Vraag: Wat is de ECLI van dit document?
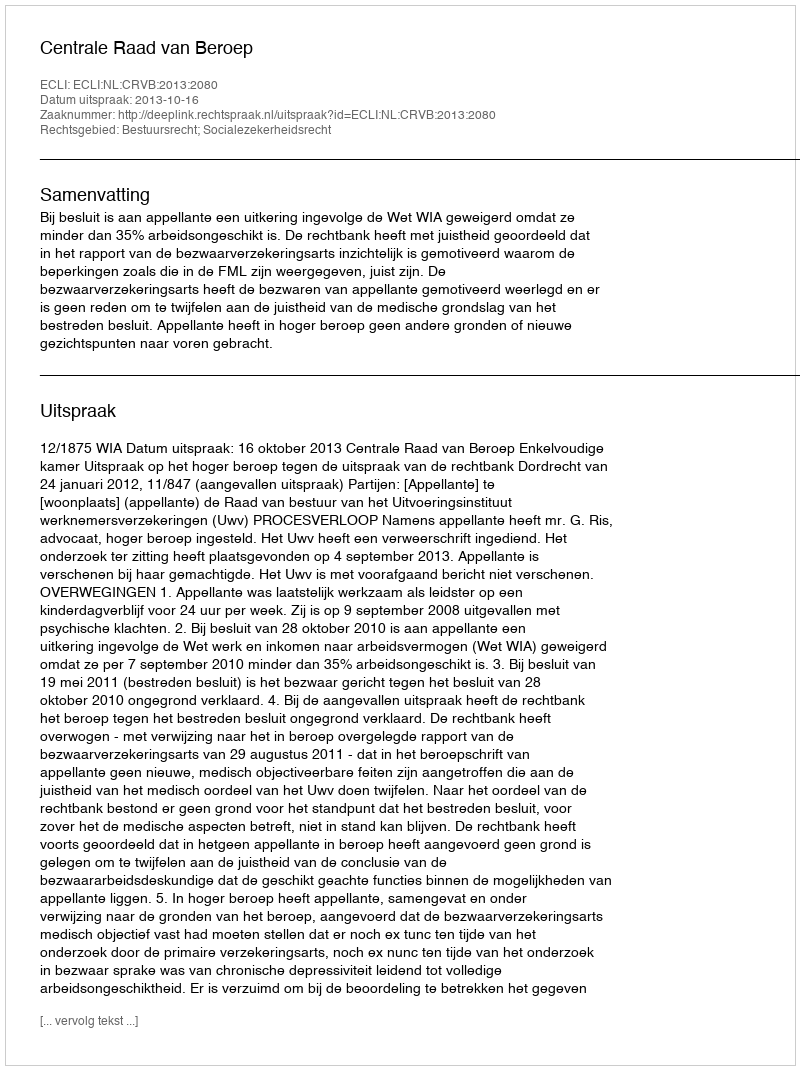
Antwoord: ECLI:NL:CRVB:2013:2080